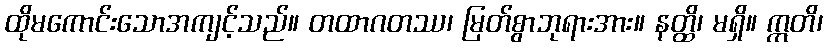
ထိုမကောင်းသောအကျင့်သည်။ တထာဂတဿ၊ မြတ်စွာဘုရားအား။ နတ္ထိ၊ မရှိ။ ဣတိ၊